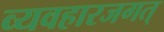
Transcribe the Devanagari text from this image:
व्यवहारजगत्‌